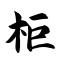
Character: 柜